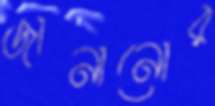
জানানোর